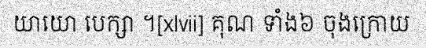
យាយោ បេក្សា ។[xlvii] គុណ ទាំង៦ ចុងក្រោយ